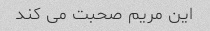
این مریم صحبت می کند